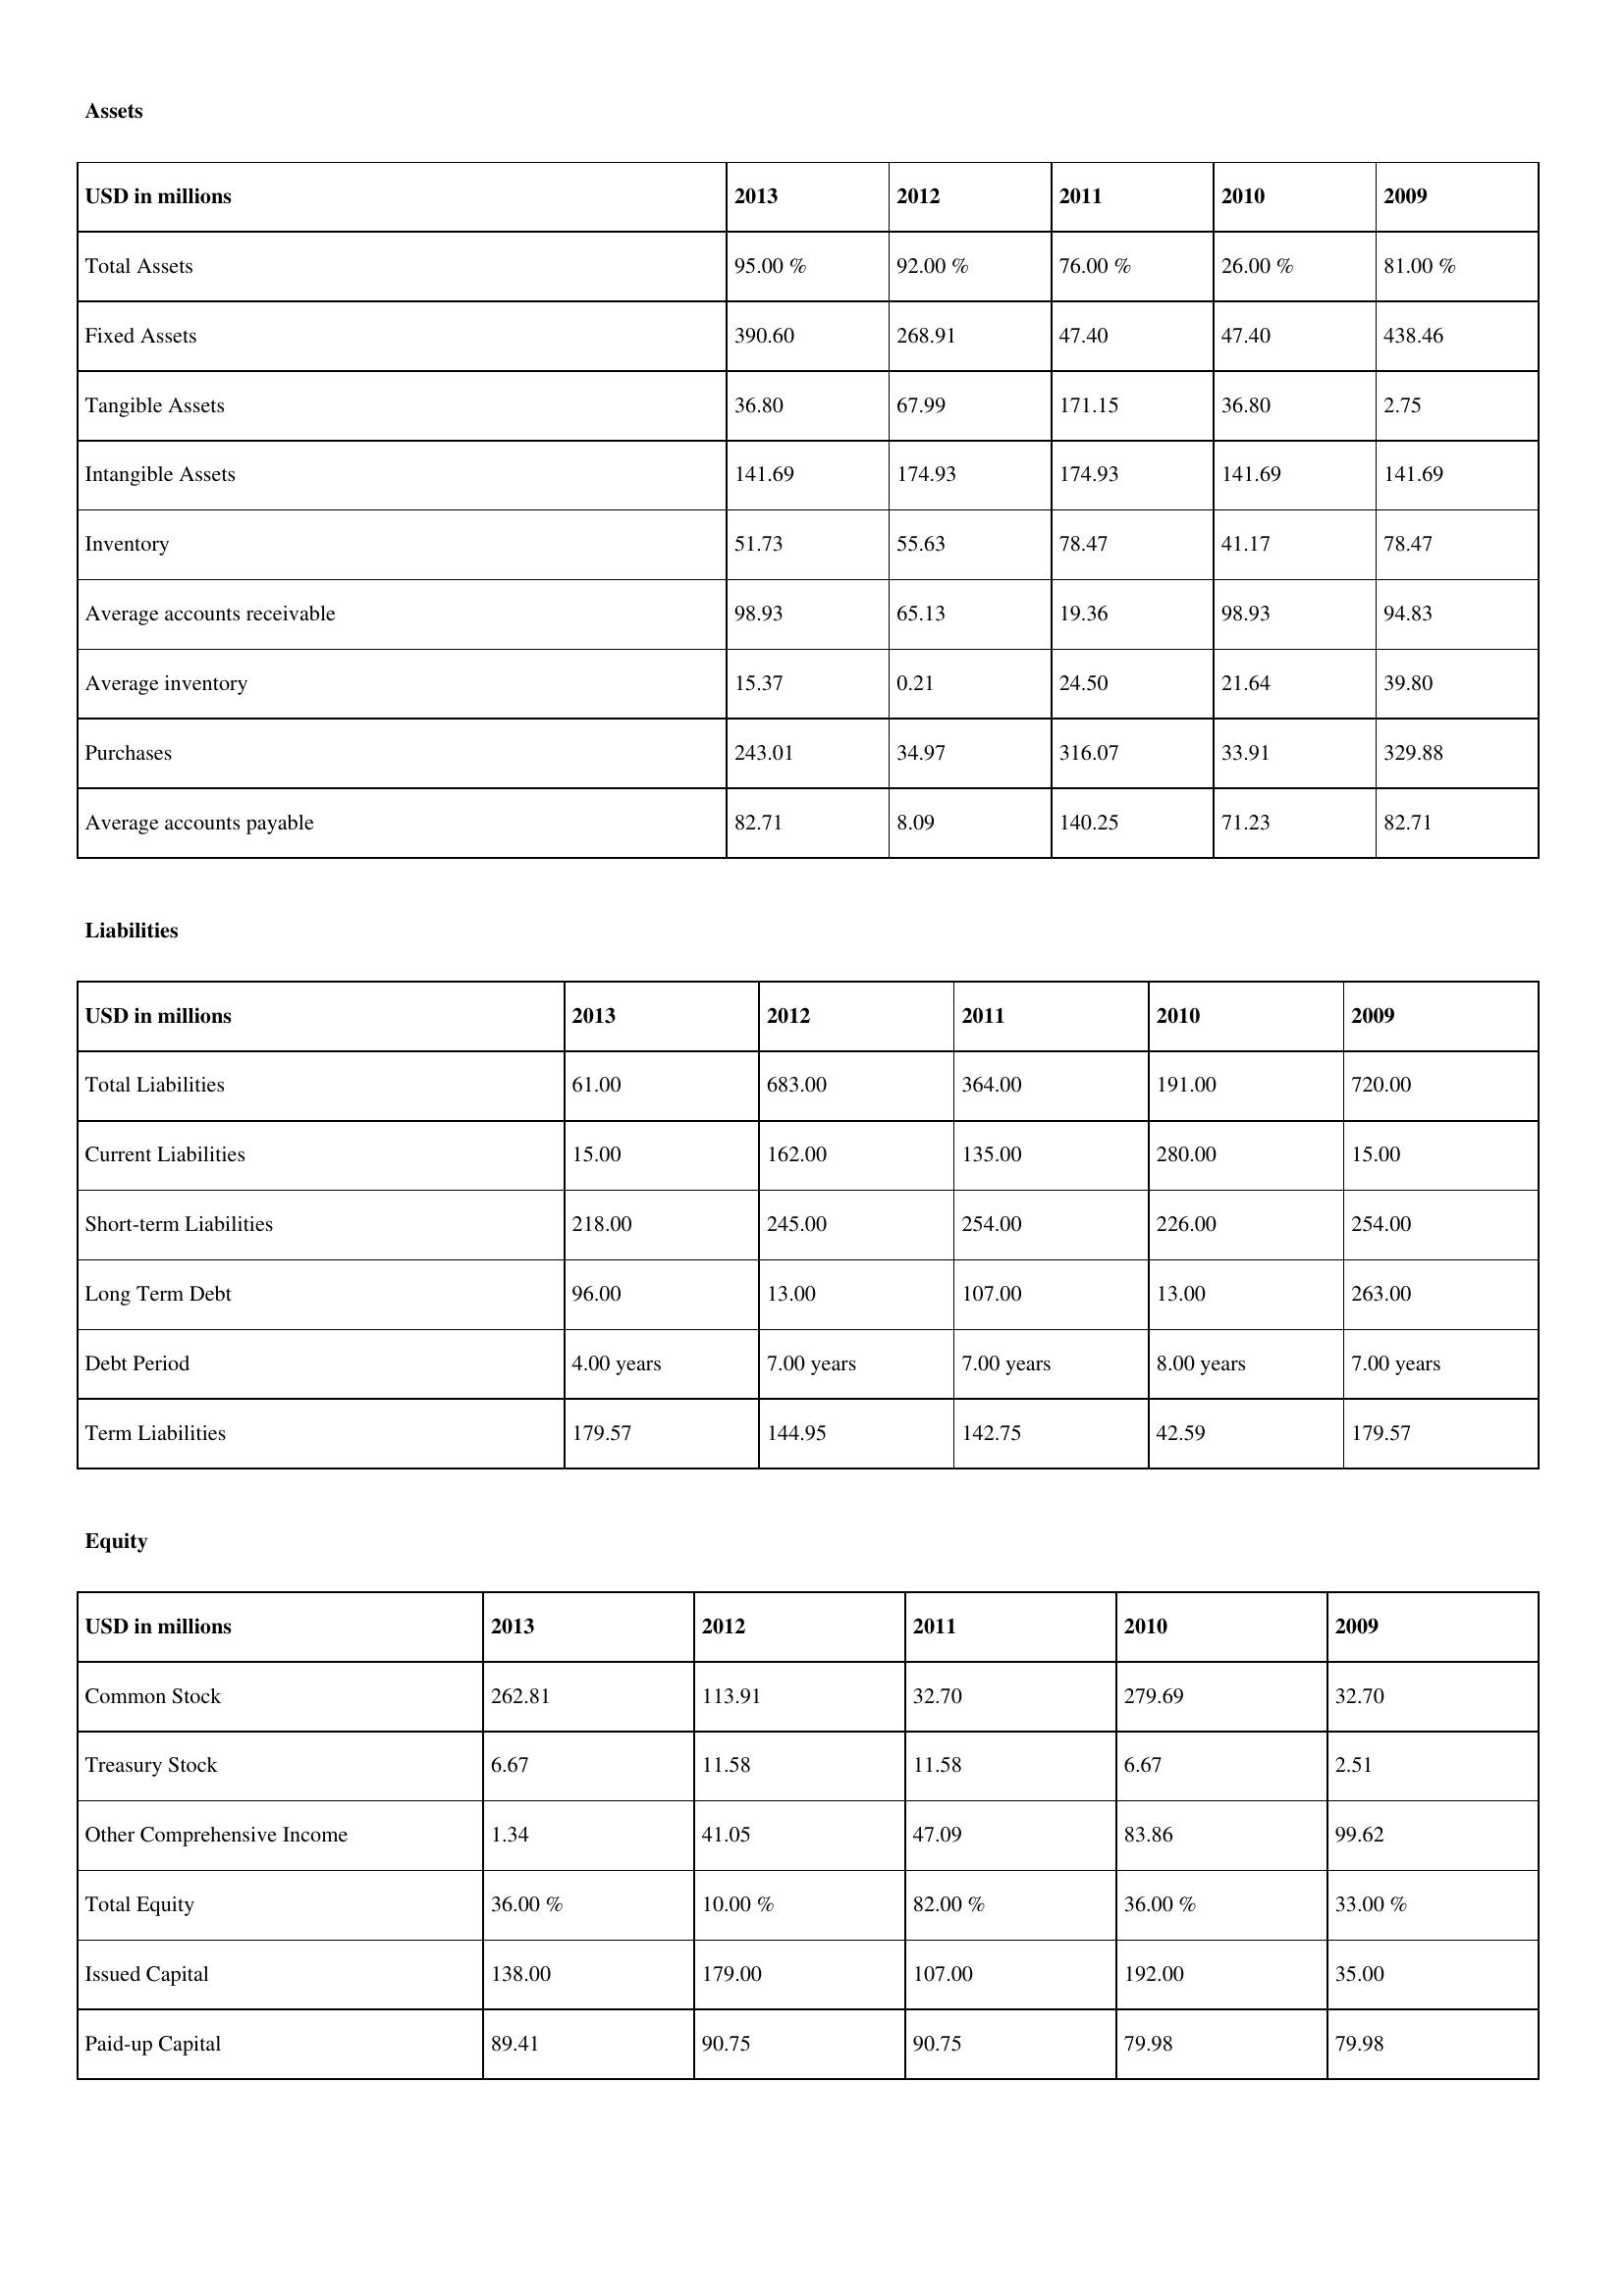
gt_parse: 2013: Assets: Total Assets: 95.00 %
Fixed Assets: 390.60
Tangible Assets: 36.80
Intangible Assets: 141.69
Inventory: 51.73
Average accounts receivable: 98.93
Average inventory: 15.37
Purchases: 243.01
Average accounts payable: 82.71
Liabilities: Total Liabilities: 61.00
Current Liabilities: 15.00
Short-term Liabilities: 218.00
Long Term Debt: 96.00
Debt Period: 4.00 years
Term Liabilities: 179.57
Equity: Common Stock: 262.81
Treasury Stock: 6.67
Other Comprehensive Income: 1.34
Total Equity: 36.00 %
Issued Capital: 138.00
Paid-up Capital: 89.41
2012: Assets: Total Assets: 92.00 %
Fixed Assets: 268.91
Tangible Assets: 67.99
Intangible Assets: 174.93
Inventory: 55.63
Average accounts receivable: 65.13
Average inventory: 0.21
Purchases: 34.97
Average accounts payable: 8.09
Liabilities: Total Liabilities: 683.00
Current Liabilities: 162.00
Short-term Liabilities: 245.00
Long Term Debt: 13.00
Debt Period: 7.00 years
Term Liabilities: 144.95
Equity: Common Stock: 113.91
Treasury Stock: 11.58
Other Comprehensive Income: 41.05
Total Equity: 10.00 %
Issued Capital: 179.00
Paid-up Capital: 90.75
2011: Assets: Total Assets: 76.00 %
Fixed Assets: 47.40
Tangible Assets: 171.15
Intangible Assets: 174.93
Inventory: 78.47
Average accounts receivable: 19.36
Average inventory: 24.50
Purchases: 316.07
Average accounts payable: 140.25
Liabilities: Total Liabilities: 364.00
Current Liabilities: 135.00
Short-term Liabilities: 254.00
Long Term Debt: 107.00
Debt Period: 7.00 years
Term Liabilities: 142.75
Equity: Common Stock: 32.70
Treasury Stock: 11.58
Other Comprehensive Income: 47.09
Total Equity: 82.00 %
Issued Capital: 107.00
Paid-up Capital: 90.75
2010: Assets: Total Assets: 26.00 %
Fixed Assets: 47.40
Tangible Assets: 36.80
Intangible Assets: 141.69
Inventory: 41.17
Average accounts receivable: 98.93
Average inventory: 21.64
Purchases: 33.91
Average accounts payable: 71.23
Liabilities: Total Liabilities: 191.00
Current Liabilities: 280.00
Short-term Liabilities: 226.00
Long Term Debt: 13.00
Debt Period: 8.00 years
Term Liabilities: 42.59
Equity: Common Stock: 279.69
Treasury Stock: 6.67
Other Comprehensive Income: 83.86
Total Equity: 36.00 %
Issued Capital: 192.00
Paid-up Capital: 79.98
2009: Assets: Total Assets: 81.00 %
Fixed Assets: 438.46
Tangible Assets: 2.75
Intangible Assets: 141.69
Inventory: 78.47
Average accounts receivable: 94.83
Average inventory: 39.80
Purchases: 329.88
Average accounts payable: 82.71
Liabilities: Total Liabilities: 720.00
Current Liabilities: 15.00
Short-term Liabilities: 254.00
Long Term Debt: 263.00
Debt Period: 7.00 years
Term Liabilities: 179.57
Equity: Common Stock: 32.70
Treasury Stock: 2.51
Other Comprehensive Income: 99.62
Total Equity: 33.00 %
Issued Capital: 35.00
Paid-up Capital: 79.98